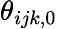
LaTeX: \theta_{ijk,0}